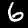
Label: 6